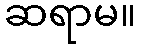
ဆရာမ။